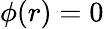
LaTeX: \phi(r)=0